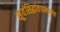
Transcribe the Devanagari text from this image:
सूर्यसिद्धांताप्रमाणेच